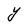
Character: Y